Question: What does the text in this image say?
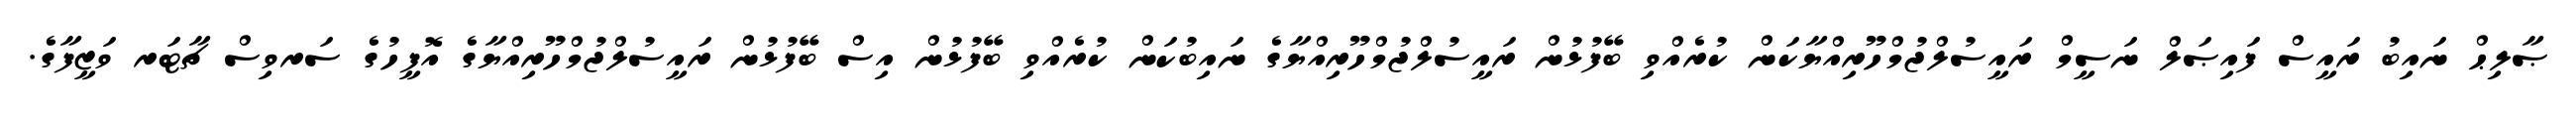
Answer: ޞާލިޙް ނައިބު ރައީސް ފައިޞަލް ނަސީމް ރައީސުލްޖުމްހޫރިއްޔާކަން ކުރެއްވި ބޭފުޅުން ރައީސުލްޖުމްހޫރިއްޔާގެ ނައިބުކަން ކުރެއްވި ބޭފުޅުން އިސް ބޭފުޅުން ރައީސުލްޖުމްހޫރިއްޔާގެ އޮފީހުގެ ސަރވިސް ޗާޓަރ ވަޒީފާގެ.